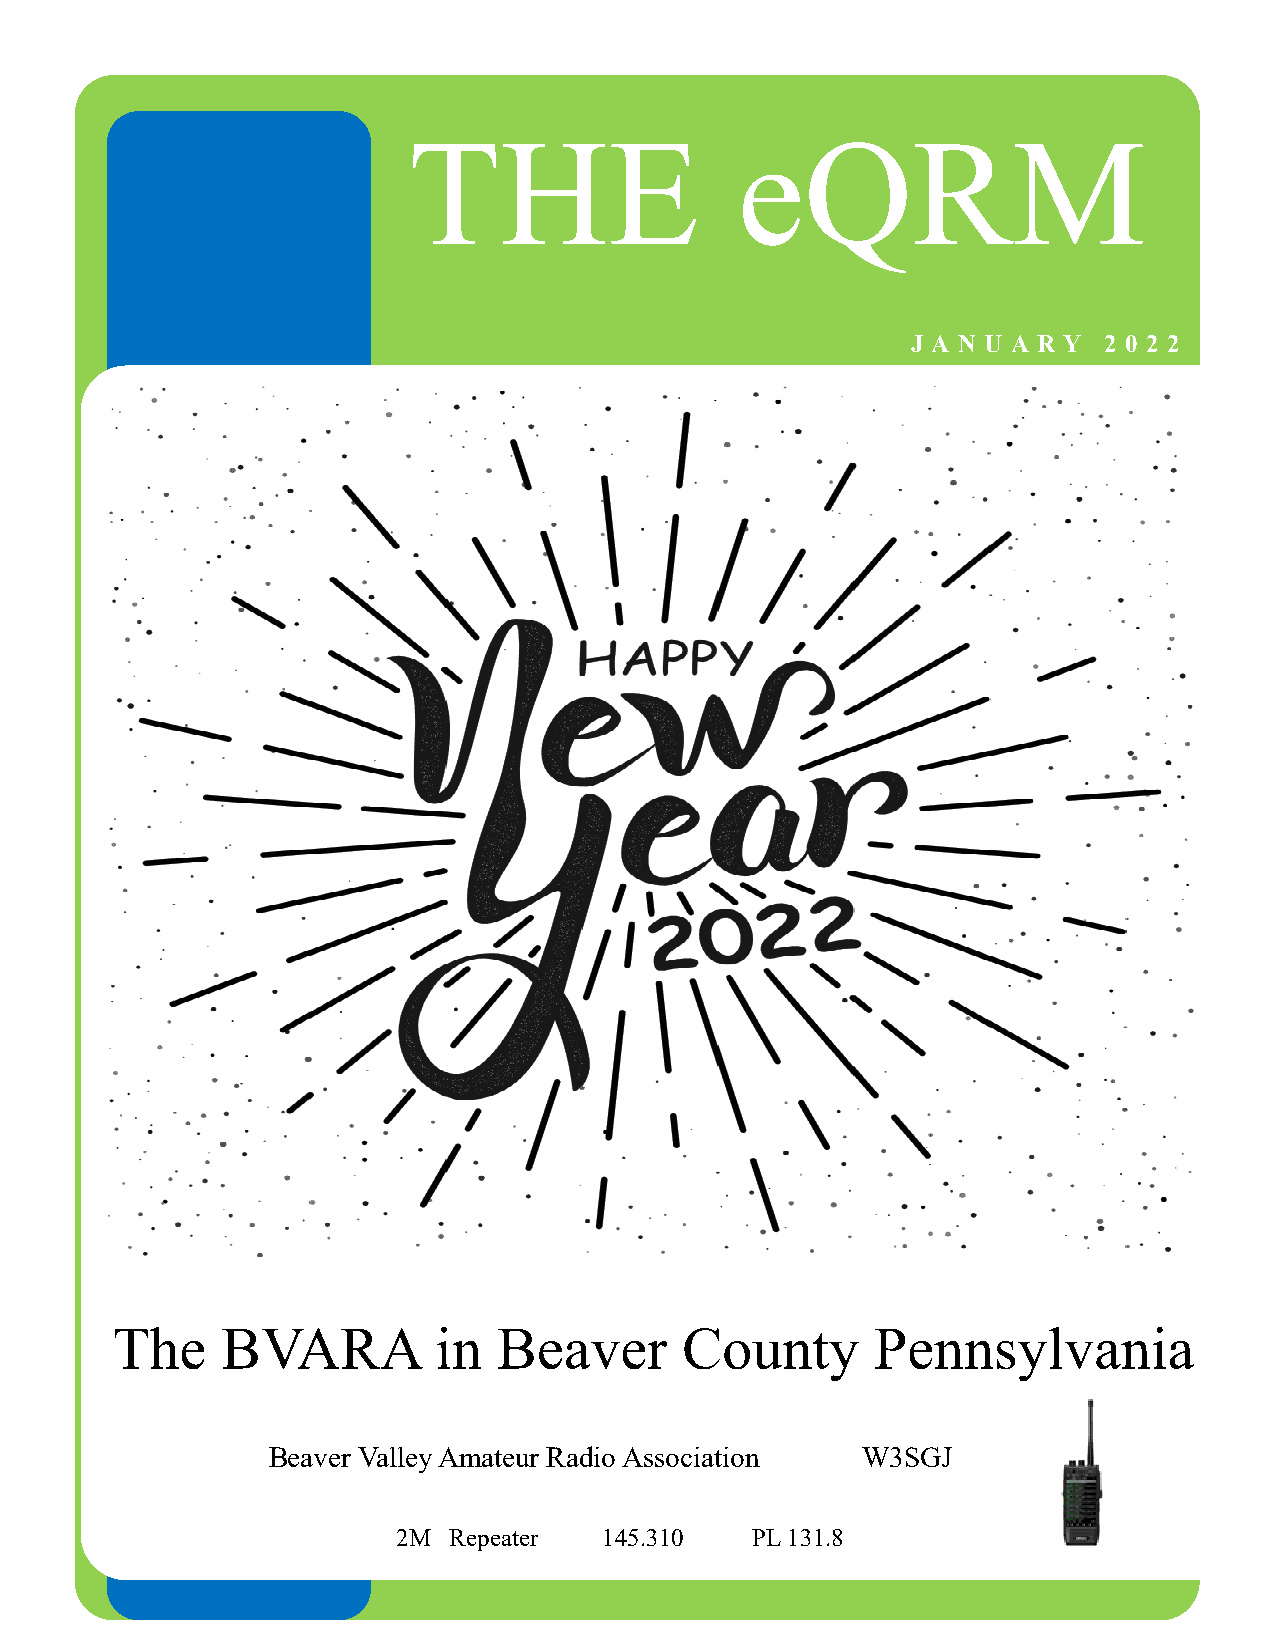
THE                   eQRM
 J A N U A R Y 2 0 2 2
 The     BVARA         in  Beaver      County       Pennsylvania
 Beaver Valley Amateur Radio Association W3SGJ
 2M  Repeater  145.310   PL 131.8